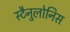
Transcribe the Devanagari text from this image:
स्टैनुलोनिस